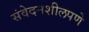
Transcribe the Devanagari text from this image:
संवेदनशीलपणे